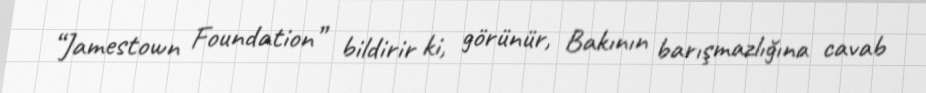
“Jamestown Foundation” bildirir ki, görünür, Bakının barışmazlığına cavab